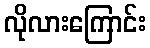
လိုလားကြောင်း